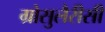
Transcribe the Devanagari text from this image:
ग्रोसुलैरीसी